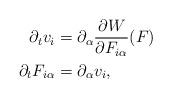
LaTeX: \begin{align*}\begin{aligned}\partial_{t}v_i &= \partial_{\alpha} \frac{\partial{W}}{\partial{F_{i\alpha}}}(F)\\\partial_{t}F_{i\alpha}&=\partial_{\alpha}v_i,\end{aligned}\end{align*}